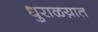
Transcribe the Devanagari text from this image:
धुराळय़ात